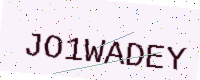
Text: JO1WADEY